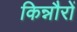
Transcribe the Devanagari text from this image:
किन्नौरों